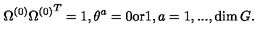
\Omega ^ { ( 0 ) } { \Omega ^ { ( 0 ) } } ^ { T } = 1 , \theta ^ { a } = 0 \mathrm { o r } 1 , a = 1 , . . . , \dim G .